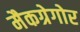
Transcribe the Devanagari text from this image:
मैकग्रेगोर